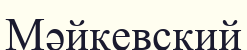
Мәйкевский